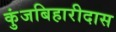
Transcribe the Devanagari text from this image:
कुंजबिहारीदास